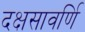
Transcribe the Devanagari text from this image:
दक्षसावर्णि